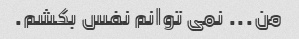
من... نمی توانم نفس بکشم.